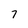
Character: 7